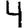
Digit: 4